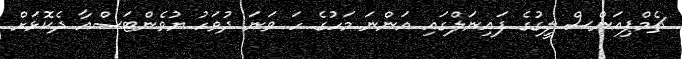
ޗެމްޕިއަންސް ލީގުގެ ފައިނަލްގައި އަންނަ މަހުގެ ހަ ވަނަ ދުވަހު ޔުވެންޓަސްއާ ދެކޮޅަށް